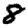
Digit: 8